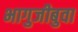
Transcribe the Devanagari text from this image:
भागुजीबुवा